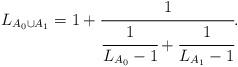
LaTeX: \begin{align*}L_{A_0\cup A_1}=1+\cfrac{1}{\cfrac{1}{L_{A_0}-1}+\cfrac{1}{L_{A_1}-1}}.\end{align*}